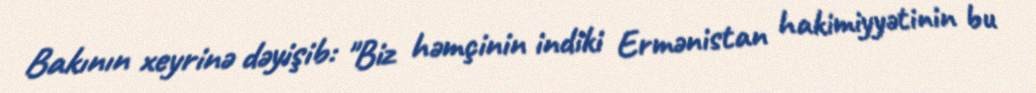
Bakının xeyrinə dəyişib: "Biz həmçinin indiki Ermənistan hakimiyyətinin bu